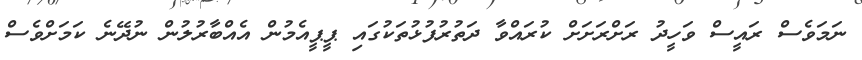
ނަމަވެސް ރައީސް ވަހީދު ރަށްރަށަށް ކުރައްވާ ދަތުރުފުޅުތަކުގައި ޕީޕީއެމުން އެއްބާރުލުން ނުދޭނެ ކަމަށްވެސް